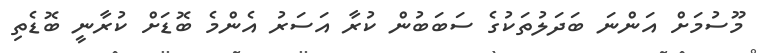
މޫސުމަށް އަންނަ ބަދަލުތަކުގެ ސަބަބުން ކުރާ އަސަރު އެންމެ ބޮޑަށް ކުރާނީ ބޮޑެތި